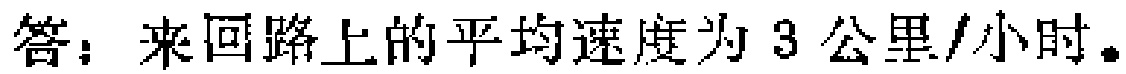
答：来回路上的平均速度为 3 公里/小时。